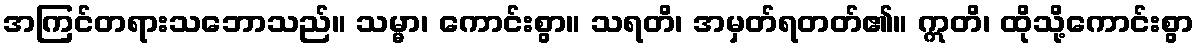
အကြင်တရားသဘောသည်။ သမ္မာ၊ ကောင်းစွာ။ သရတိ၊ အမှတ်ရတတ်၏။ ဣတိ၊ ထိုသို့ကောင်းစွာ